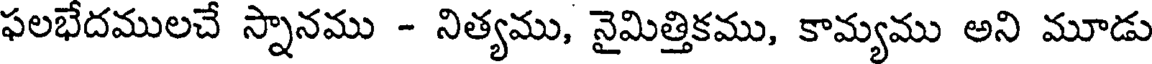
ఫలభేదములచే స్నానము - నిత్యము, నైమిత్తికము, కామ్యము అని మూడు